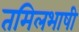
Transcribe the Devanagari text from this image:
तमिलभाषी